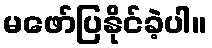
မဖော်ပြနိုင်ခဲ့ပါ။